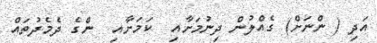
އަދި ( ންނަށް) ގެއްލުން ދިނުމަށާއި  ކަމަށާއި  ންގެ ދެމެދުތައް